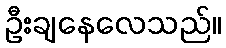
ဦးချနေလေသည်။